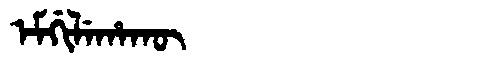
Manchu: ᡝᠮᡤᡳᠯᡝᡥᠠᡴᡡ
Romanization: EMGILEHAKŪ